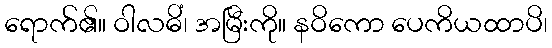
ရောက်၏။ ဝါလဓိံ၊ အမြီးကို။ နဝိကော ပေကိယထာပိ၊